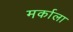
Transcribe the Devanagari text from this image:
मर्काला